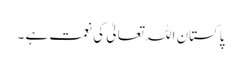
پاکستان اللہ تعالیٰ کی نعمت ہے ۔